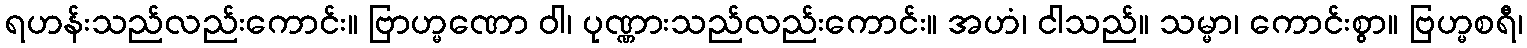
ရဟန်းသည်လည်းကောင်း။ ဗြာဟ္မဏော ဝါ၊ ပုဏ္ဏားသည်လည်းကောင်း။ အဟံ၊ ငါသည်။ သမ္မာ၊ ကောင်းစွာ။ ဗြဟ္မစရီ၊